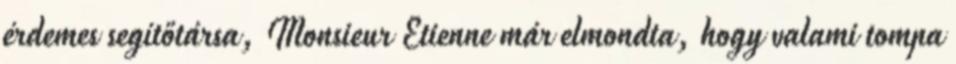
érdemes segítőtársa, Monsieur Etienne már elmondta, hogy valami tompa